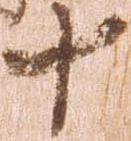
十